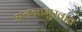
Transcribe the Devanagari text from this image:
अनन्तमुखाय